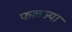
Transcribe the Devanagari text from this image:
फलज्या